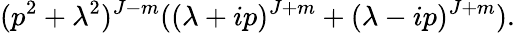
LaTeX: (p^{2}+\lambda^{2})^{J-m}((\lambda+ip)^{J+m}+(\lambda-ip)^{J+m}).